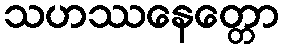
သဟဿနေတ္တော